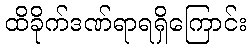
ထိခိုက်ဒဏ်ရာရရှိကြောင်း